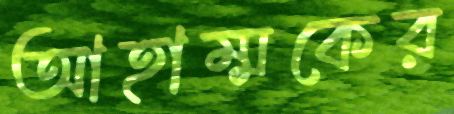
আহাম্মকের